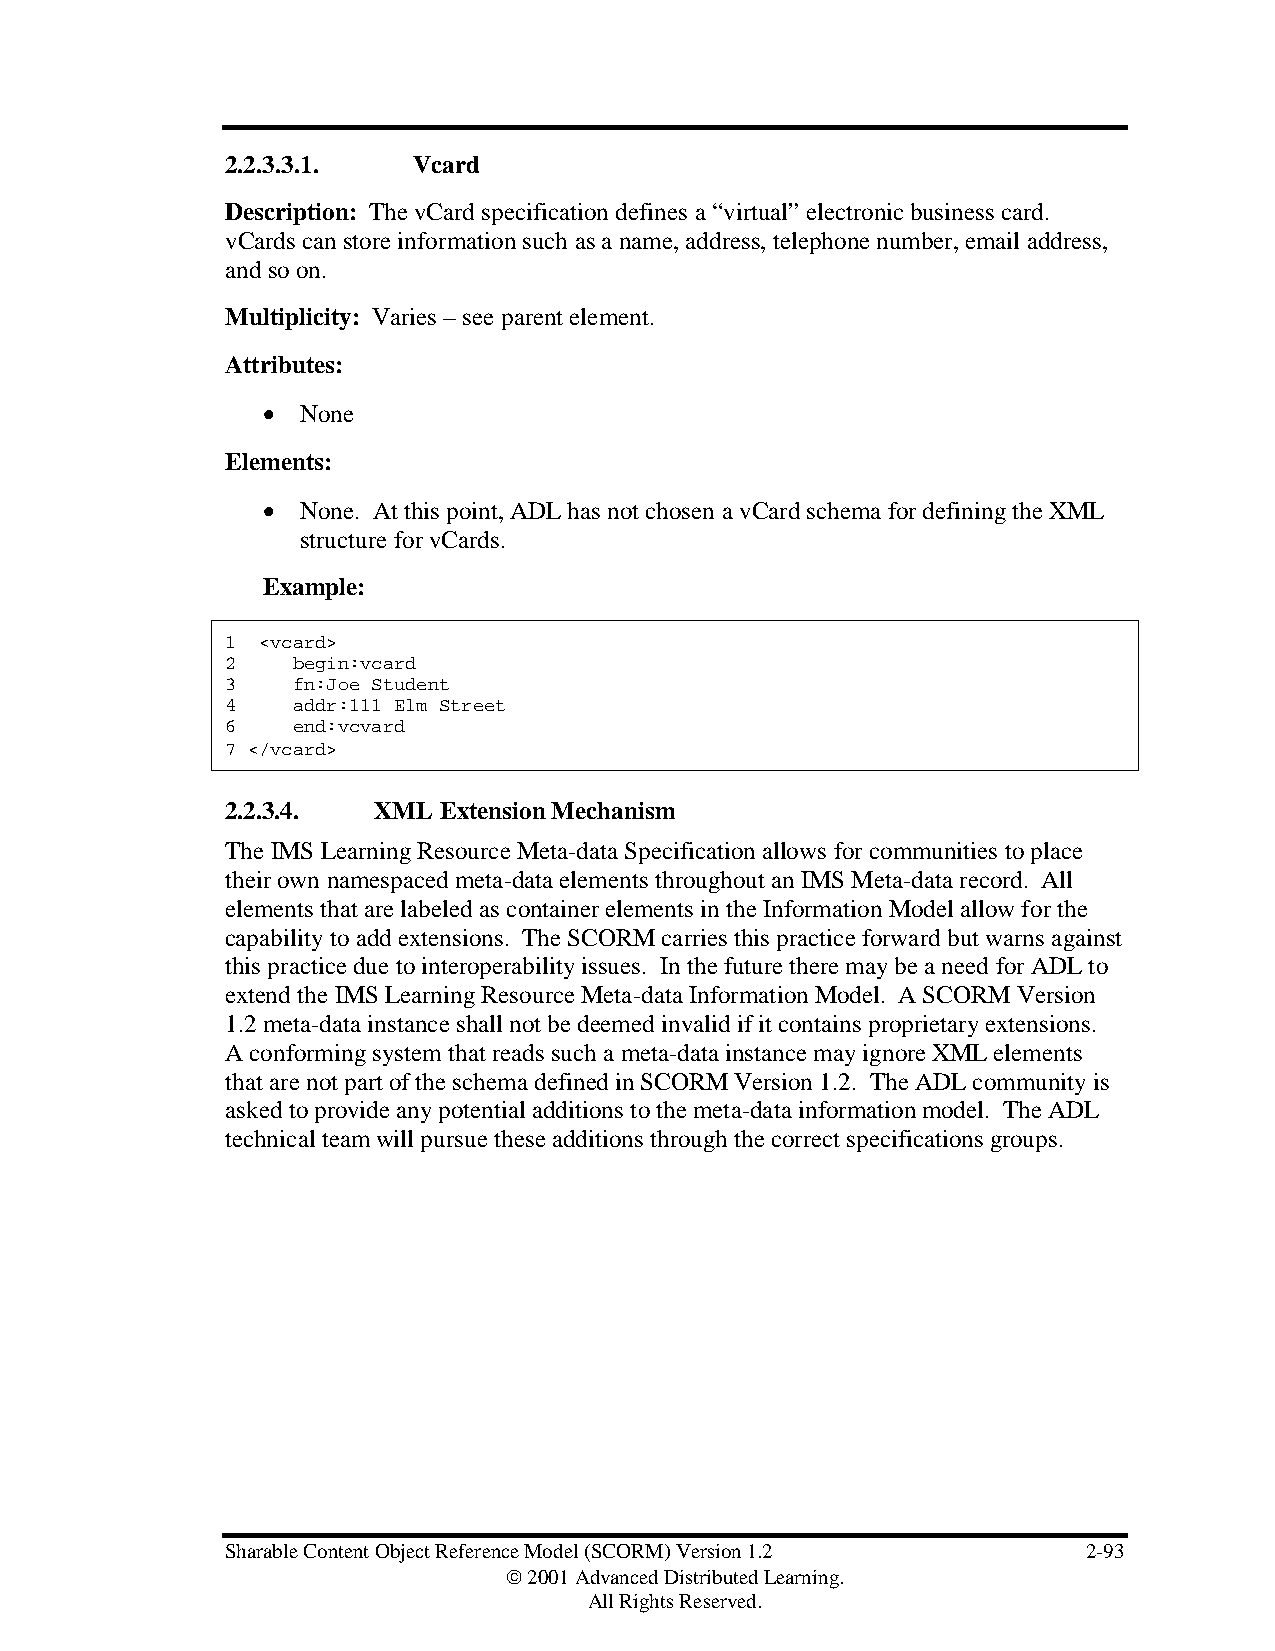
2.2.3.3.1.  Vcard
 Description: The vCard specification defines a “virtual” electronic business card.
 vCards can store information such as a name, address, telephone number, email address,
 and so on.
 Multiplicity: Varies – see parent element.
 Attributes:
 •  None
 Elements:
 •  None. At this point, ADL has not chosen a vCard schema for defining the XML
 structure for vCards.
 Example:
 1 <vcard>
 2   begin:vcard
 3   fn:Joe Student
 4   addr:111 Elm Street
 6   end:vcvard
 7 </vcard>
 2.2.3.4.  XML Extension Mechanism
 The IMS Learning Resource Meta-data Specification allows for communities to place
 their own namespaced meta-data elements throughout an IMS Meta-data record. All
 elements that are labeled as container elements in the Information Model allow for the
 capability to add extensions. The SCORM carries this practice forward but warns against
 this practice due to interoperability issues. In the future there may be a need for ADL to
 extend the IMS Learning Resource Meta-data Information Model. A SCORM Version
 1.2 meta-data instance shall not be deemed invalid if it contains proprietary extensions.
 A conforming system that reads such a meta-data instance may ignore XML elements
 that are not part of the schema defined in SCORM Version 1.2. The ADL community is
 asked to provide any potential additions to the meta-data information model. The ADL
 technical team will pursue these additions through the correct specifications groups.
 Sharable Content Object Reference Model (SCORM) Version 1.2 2-93
  2001 Advanced Distributed Learning.
 All Rights Reserved.